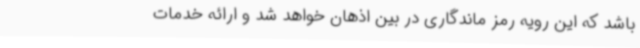
باشد که این رویه رمز ماندگاری در بین اذهان خواهد شد و ارائه خدمات